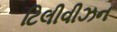
ટિલીવીઝન